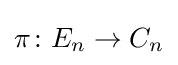
\pi \colon E_{n}\to C_{n}